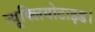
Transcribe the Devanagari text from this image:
न्यूक्लियोटाइड।